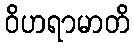
ဝိဟရာမာတိ